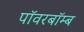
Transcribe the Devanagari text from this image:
पॉवरबॉम्ब